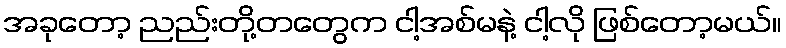
အခုတော့ ညည်းတို့တတွေက ငါ့အစ်မနဲ့ ငါ့လို ဖြစ်တော့မယ်။